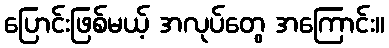
ပြောင်းဖြစ်မယ့် အလုပ်တွေ အကြောင်း။